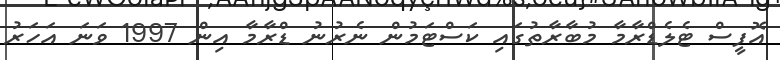
އޮފީސް ޓެލެޑްރާމާ މުބާރާތުގައި ކަސްޓަމުން ނެރުނު ޑްރާމާ އިން 1997 ވަނަ އަހަރު